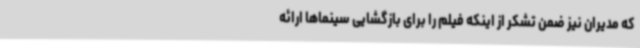
که مدیران نیز ضمن تشکر از اینکه فیلم را برای بازگشایی سینماها ارائه